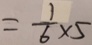
= \frac { 1 } { 6 } \times 5